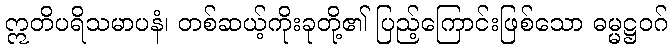
ဣတိပရိသမာပနံ၊ တစ်ဆယ့်ကိုးခုတို့၏ ပြည့်ကြောင်းဖြစ်သော ဓမ္မဋ္ဌဝဂ်